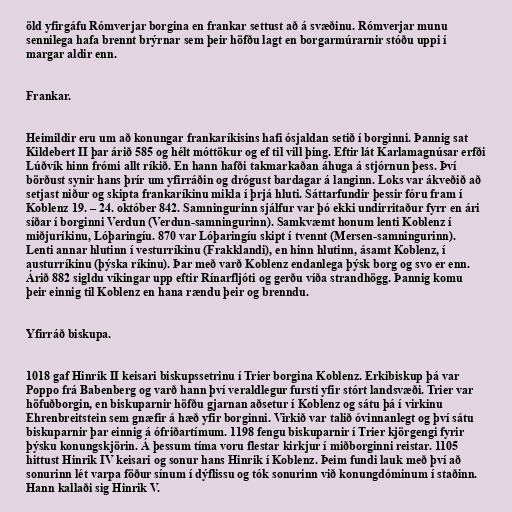
öld yfirgáfu Rómverjar borgina en frankar settust að á svæðinu. Rómverjar munu
sennilega hafa brennt brýrnar sem þeir höfðu lagt en borgarmúrarnir stóðu uppi í
margar aldir enn.

Frankar.

Heimildir eru um að konungar frankaríkisins hafi ósjaldan setið í borginni. Þannig sat
Kildebert II þar árið 585 og hélt móttökur og ef til vill þing. Eftir lát Karlamagnúsar erfði
Lúðvík hinn frómi allt ríkið. En hann hafði takmarkaðan áhuga á stjórnun þess. Því
börðust synir hans þrír um yfirráðin og drógust bardagar á langinn. Loks var ákveðið að
setjast niður og skipta frankaríkinu mikla í þrjá hluti. Sáttarfundir þessir fóru fram í
Koblenz 19. – 24. október 842. Samningurinn sjálfur var þó ekki undirritaður fyrr en ári
síðar í borginni Verdun (Verdun-samningurinn). Samkvæmt honum lenti Koblenz í
miðjuríkinu, Lóþaringíu. 870 var Lóþaringíu skipt í tvennt (Mersen-samningurinn).
Lenti annar hlutinn í vesturríkinu (Frakklandi), en hinn hlutinn, ásamt Koblenz, í
austurríkinu (þýska ríkinu). Þar með varð Koblenz endanlega þýsk borg og svo er enn.
Árið 882 sigldu víkingar upp eftir Rínarfljóti og gerðu víða strandhögg. Þannig komu
þeir einnig til Koblenz en hana rændu þeir og brenndu.

Yfirráð biskupa.

1018 gaf Hinrik II keisari biskupssetrinu í Trier borgina Koblenz. Erkibiskup þá var
Poppo frá Babenberg og varð hann því veraldlegur fursti yfir stórt landsvæði. Trier var
höfuðborgin, en biskuparnir höfðu gjarnan aðsetur í Koblenz og sátu þá í virkinu
Ehrenbreitstein sem gnæfir á hæð yfir borginni. Virkið var talið óvinnanlegt og því sátu
biskuparnir þar einnig á ófriðartímum. 1198 fengu biskuparnir í Trier kjörgengi fyrir
þýsku konungskjörin. Á þessum tíma voru flestar kirkjur í miðborginni reistar. 1105
hittust Hinrik IV keisari og sonur hans Hinrik í Koblenz. Þeim fundi lauk með því að
sonurinn lét varpa föður sínum í dýflissu og tók sonurinn við konungdóminum í staðinn.
Hann kallaði sig Hinrik V.